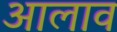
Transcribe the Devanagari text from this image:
आलाव